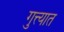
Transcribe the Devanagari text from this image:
गुत्त्यात